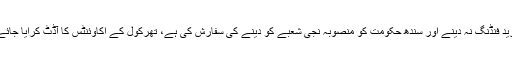
عدالتی معاون سلمان اکرم نے کہا کہ تھرڈ پارٹی آڈٹ نے مزید فنڈنگ نہ دینے اور سندھ حکومت کو منصوبہ نجی شعبے کو دینے کی سفارش کی ہے، تھرکول کے اکاوئنٹس کا آڈٹ کرایا جائے، آڈٹ میں منصوبے کی بے ضابطگیوں کا جائزہ لیا جائے۔